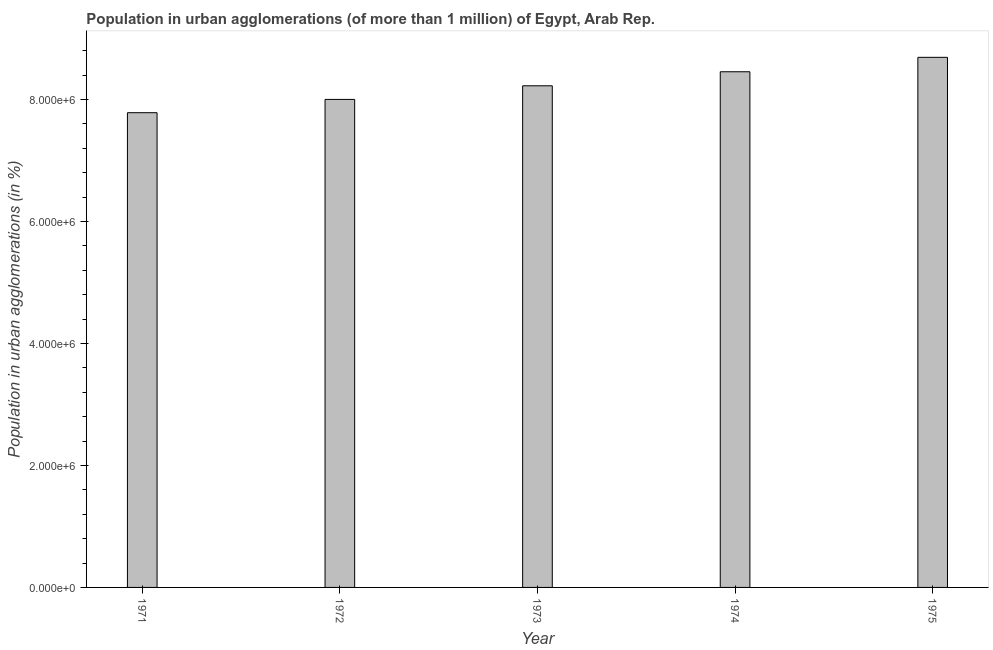
| Year | Population in urban agglomerations |
 | --- | --- |
 | 1971 | 7.78e+06 |
 | 1972 | 8e+06 |
 | 1973 | 8.22e+06 |
 | 1974 | 8.45e+06 |
 | 1975 | 8.69e+06 |